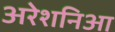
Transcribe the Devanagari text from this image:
अरेशनिआ